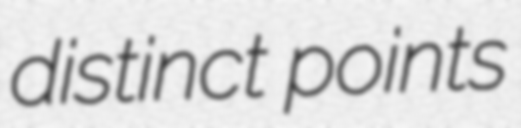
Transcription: distinct points